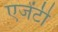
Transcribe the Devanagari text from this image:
एजेंटी